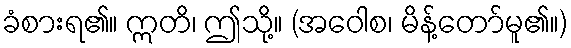
ခံစားရ၏။ ဣတိ၊ ဤသို့။ (အဝေါစ၊ မိန့်တော်မူ၏။)